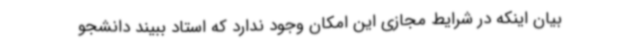
بیان اینکه در شرایط مجازی این امکان وجود ندارد که استاد ببیند دانشجو